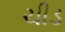
ચીડ